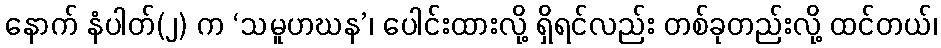
နောက် နံပါတ်(၂) က ‘သမူဟဃန’၊ ပေါင်းထားလို့ ရှိရင်လည်း တစ်ခုတည်းလို့ ထင်တယ်၊